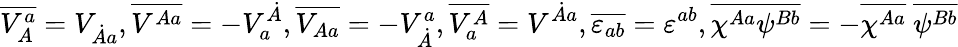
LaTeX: \overline{{{V_{A}^{a}}}}=V_{\dot{A}a},\overline{{{V^{Aa}}}}=-V_{a}^{\dot{A}},\overline{{{V_{Aa}}}}=-V_{\dot{A}}^{a},\overline{{{V_{a}^{A}}}}=V^{\dot{A}a},\overline{{{\varepsilon_{ab}}}}=\varepsilon^{ab},\overline{{{\chi^{Aa}\psi^{Bb}}}}=-\overline{{{\chi^{Aa}}}}\ \overline{{{\psi^{Bb}}}}